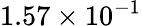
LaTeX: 1.57\times 10^{-1}